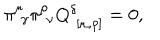
\pi _ { \, \, \gamma } ^ { \mu } \pi _ { \, \, \nu } ^ { \rho } Q _ { \, \, [ \mu , \rho ] } ^ { \delta } = 0 ,